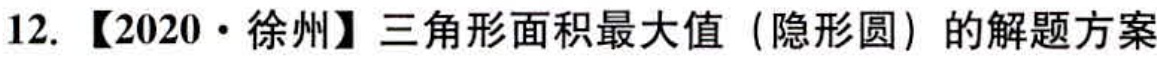
12. 【2020·徐州】三角形面积最大值（隐形圆）的解题方案